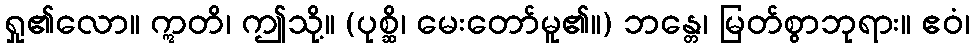
ရှု၏လော။ ဣတိ၊ ဤသို့။ (ပုစ္ဆိ၊ မေးတော်မူ၏။) ဘန္တေ၊ မြတ်စွာဘုရား။ ဧဝံ၊